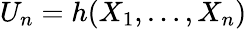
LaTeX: U_{n}=h(X_{1},\ldots,X_{n})